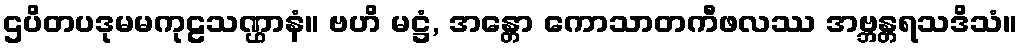
ဌပိတပဒုမမကုဠသဏ္ဌာနံ။ ဗဟိ မဋ္ဌံ, အန္တော ကောသာတကီဖလဿ အဗ္ဘန္တရသဒိသံ။